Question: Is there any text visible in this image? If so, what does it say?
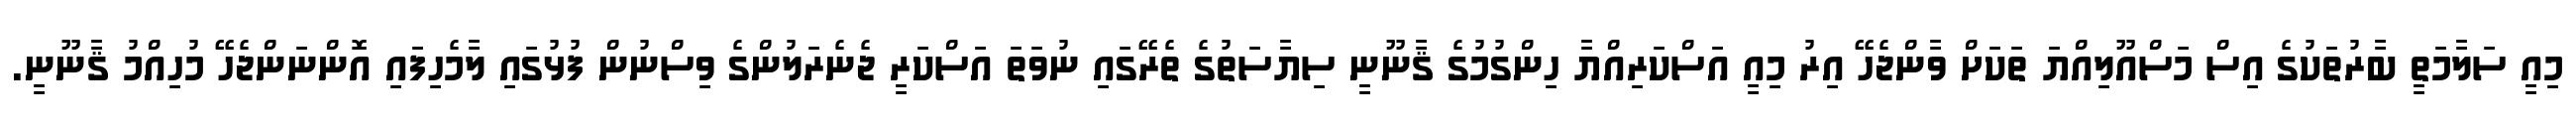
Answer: މިއީ ސަލާމަތީ ބާރުތަކުގެ އިސް މަސްއޫލިއްޔަ ތަކަށް ވާންޖެހޭ އިރު މިއީ އަސްކަރިއްޔާ ހިންގުމުގެ ޤާނޫނީ ސިޔާސަތުގެ ތެރޭގައި ނުވަތަ އަސްކަރީ ޖެނެރަލުންގެ ވިސްނުން ފުޅުގައި ލާމެހިފައި އޮންނަންޖެހޭ މުހިއްމު ޤާނޫނީ.